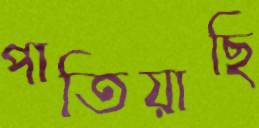
পাতিয়াছি